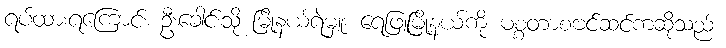
ရပ်ထားရကြောင်း ဦးခေါင်းသို့ မြို့နယ်ရဲမှူး ရေဖြူမြို့နယ်ကို မစ္စတာစဗင်ဆင်ကဆိုသည်